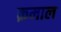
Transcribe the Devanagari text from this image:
क़माल